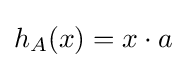
h_{A}(x)=x\cdot a